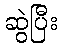
ဆွဲပြီး